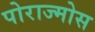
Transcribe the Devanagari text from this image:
पोराज्मोस